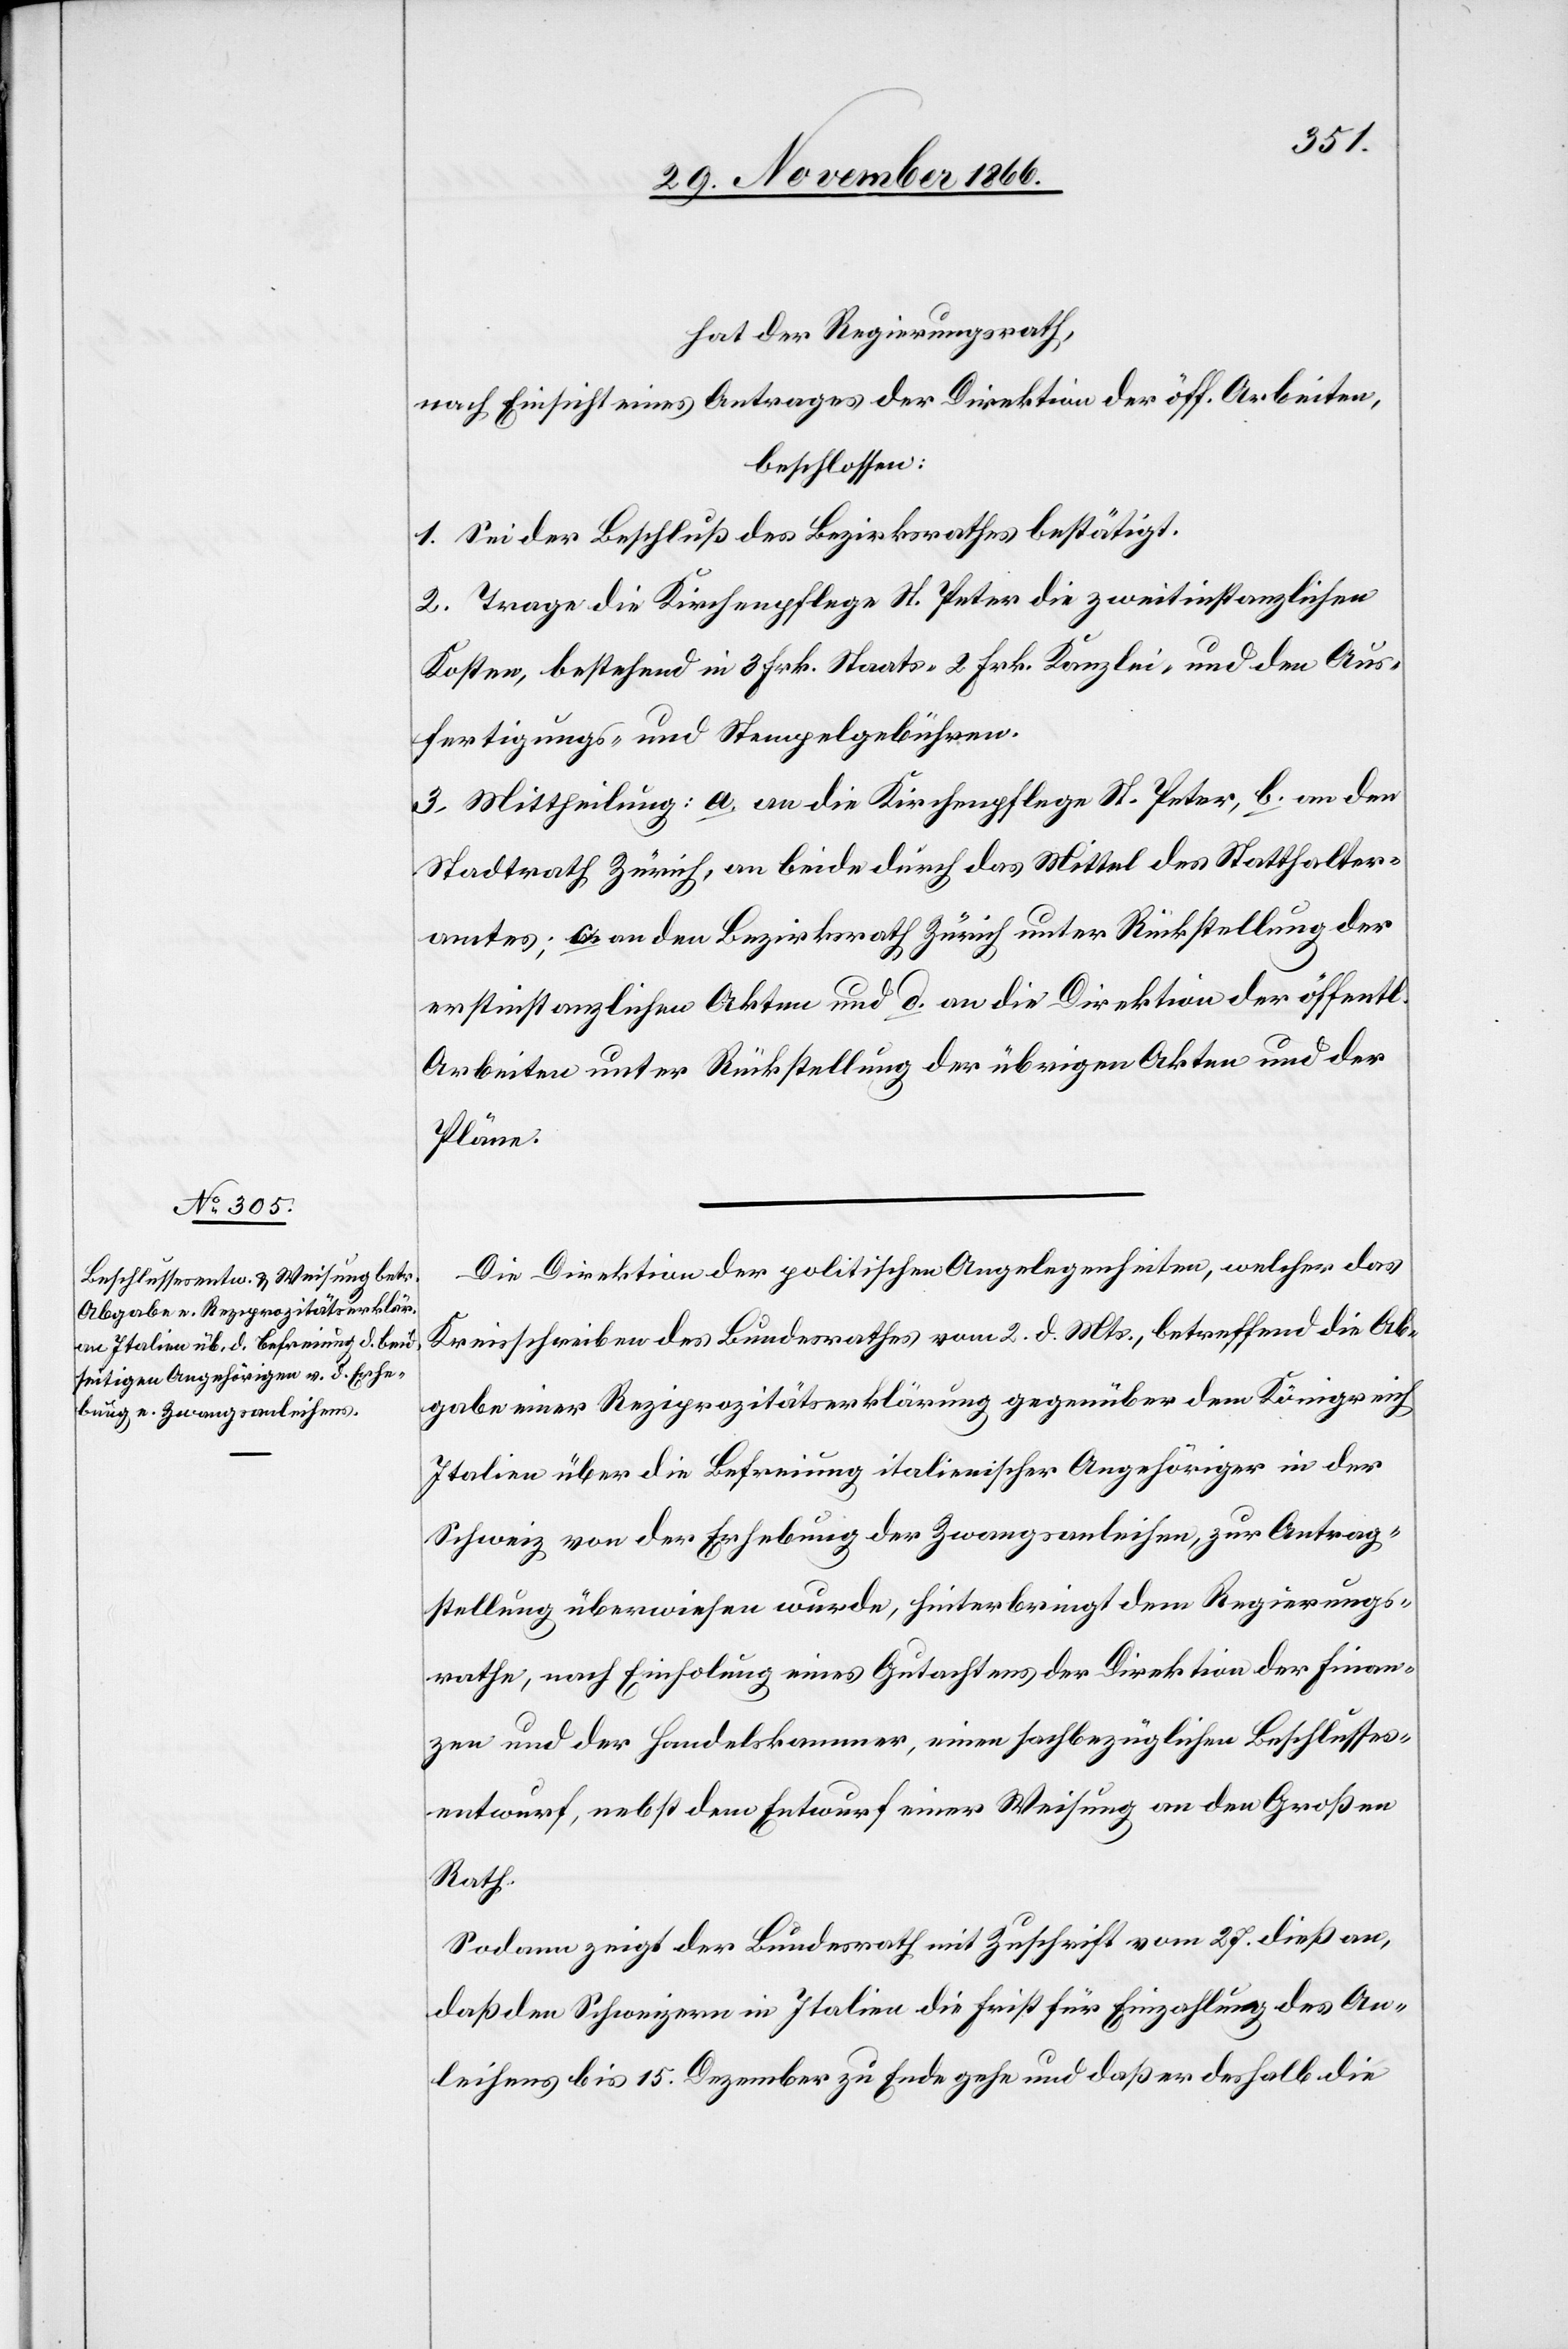
hat der Regierungsrath,
nach Einsicht eines Antrages der Direktion der öff. Arbeiten,
beschlossen:
1. Sei der Beschluß des Bezirksrathes bestätigt.
2. Trage die Kirchenpflege St. Peter die zweitinstanzlichen
Kosten, bestehend in 3 Frk. Staats-[,] 2 Frk. Kanzlei- und den Aus¬
fertigungs- und Stempelgebühren.
3. Mittheilung: a. an die Kirchenpflege St. Peter, b. an den
Stadtrath Zürich, an beide durch das Mittel des Statthalter¬
amtes; c. an den Bezirksrath Zürich unter Rückstellung der
erstinstanzlichen Akten und d. an die Direktion der öffentl.
Arbeiten unter Rückstellung der übrigen Akten und der
Pläne.
Die Direktion der politischen Angelegenheiten, welcher das
Kreisschreiben des Bundesrathes vom 2. d. Mts., betreffend die Ab¬
gabe einer Reziprozitätserklärung gegenüber dem Königreich
Italien über die Befreiung italienischer Angehöriger in der
Schweiz von der Erhebung der Zwangsanleihen, zur Antrag¬
stellung überwiesen wurde, hinterbringt dem Regierungs¬
rathe, nach Einholung eines Gutachtens der Direktion der Finan¬
zen und der Handelskammer, einen sachbezüglichen Beschlusses¬
entwurf, nebst dem Entwurf einer Weisung an den Großen
Rath.
Sodann zeigt der Bundesrath mit Zuschrift vom 27. dieß an,
daß den Schweizern in Italien die Frist für Einzahlung des An¬
leihens bis 15. Dezember zu Ende gehe und daß er deshalb die